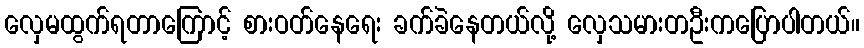
လှေမထွက်ရတာကြောင့် စားဝတ်နေရေး ခက်ခဲနေတယ်လို့ လှေသမားတဦးကပြောပါတယ်။